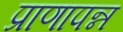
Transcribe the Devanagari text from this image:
प्राणापन्न